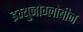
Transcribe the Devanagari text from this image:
इम्युनोग्लोबीन